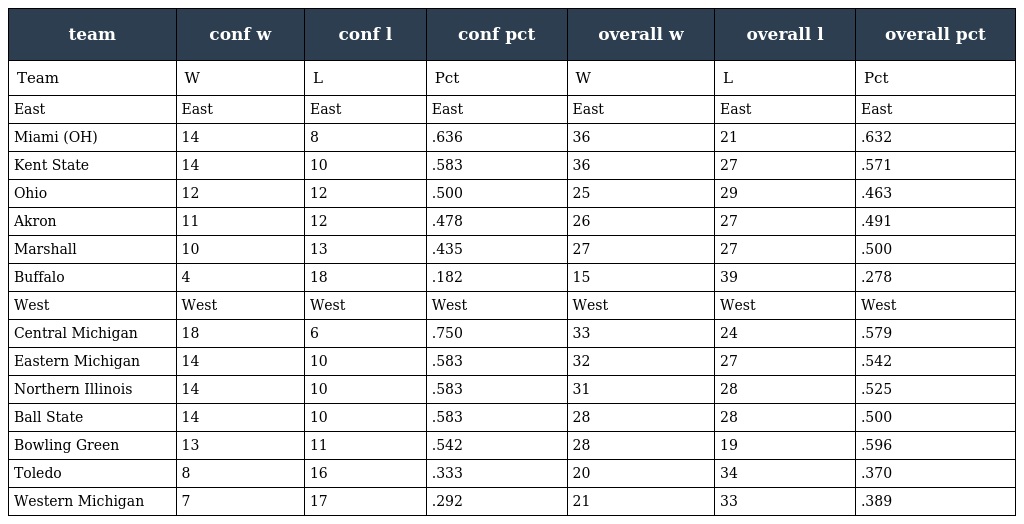
| team | conf w | conf l | conf pct | overall w | overall l | overall pct |
 | --- | --- | --- | --- | --- | --- | --- |
 | Team | W | L | Pct | W | L | Pct |
 | East | East | East | East | East | East | East |
 | Miami (OH) | 14 | 8 | .636 | 36 | 21 | .632 |
 | Kent State | 14 | 10 | .583 | 36 | 27 | .571 |
 | Ohio | 12 | 12 | .500 | 25 | 29 | .463 |
 | Akron | 11 | 12 | .478 | 26 | 27 | .491 |
 | Marshall | 10 | 13 | .435 | 27 | 27 | .500 |
 | Buffalo | 4 | 18 | .182 | 15 | 39 | .278 |
 | West | West | West | West | West | West | West |
 | Central Michigan | 18 | 6 | .750 | 33 | 24 | .579 |
 | Eastern Michigan | 14 | 10 | .583 | 32 | 27 | .542 |
 | Northern Illinois | 14 | 10 | .583 | 31 | 28 | .525 |
 | Ball State | 14 | 10 | .583 | 28 | 28 | .500 |
 | Bowling Green | 13 | 11 | .542 | 28 | 19 | .596 |
 | Toledo | 8 | 16 | .333 | 20 | 34 | .370 |
 | Western Michigan | 7 | 17 | .292 | 21 | 33 | .389 |